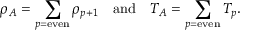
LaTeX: \rho _ { A } = \sum _ { p = \mathrm { e v e n } } \rho _ { p + 1 } \quad \mathrm { a n d } \quad T _ { A } = \sum _ { p = \mathrm { e v e n } } T _ { p } .